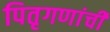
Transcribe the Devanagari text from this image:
पितृगणांची